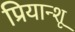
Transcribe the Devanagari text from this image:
प्रियान्शू